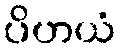
ပိဟယံ